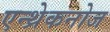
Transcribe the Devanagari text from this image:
एन्थ्रेकनोज